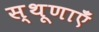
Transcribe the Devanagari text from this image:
स्थूणाएँ